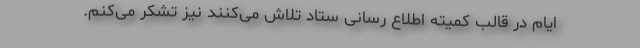
ایام در قالب کمیته اطلاع رسانی ستاد تلاش می‌کنند نیز تشکر می‌کنم.